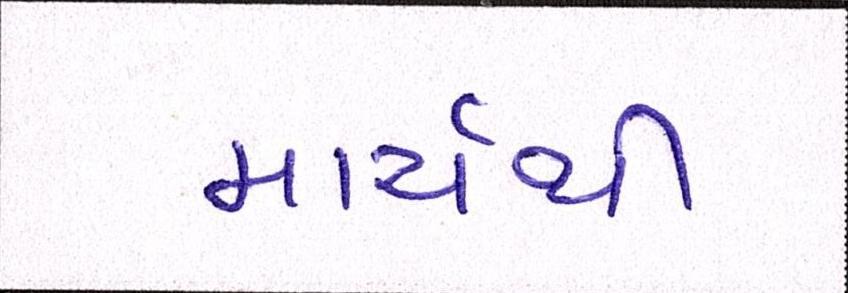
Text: માર્ચથી